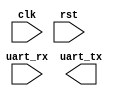
module uart_bus_controller (
  input wire clk, // System clock input
  input wire rst, // Reset input
  input wire uart_rx, // UART receiver input
  output wire uart_tx // UART transmitter output
);

  // Clock generation and synchronization
  // Add your clock generation and synchronization logic here

  // Handshaking logic
  // Add your handshaking logic here

  // Error detection and correction mechanisms
  // Add your error detection and correction logic here

  // UART transmitter and receiver logic
  // Add your UART transmitter and receiver logic here

endmodule